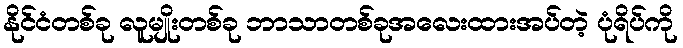
နိုင်ငံတစ်ခု လူမျိုးတစ်ခု ဘာသာတစ်ခုအလေးထားအပ်တဲ့ ပုံရိပ်ကို